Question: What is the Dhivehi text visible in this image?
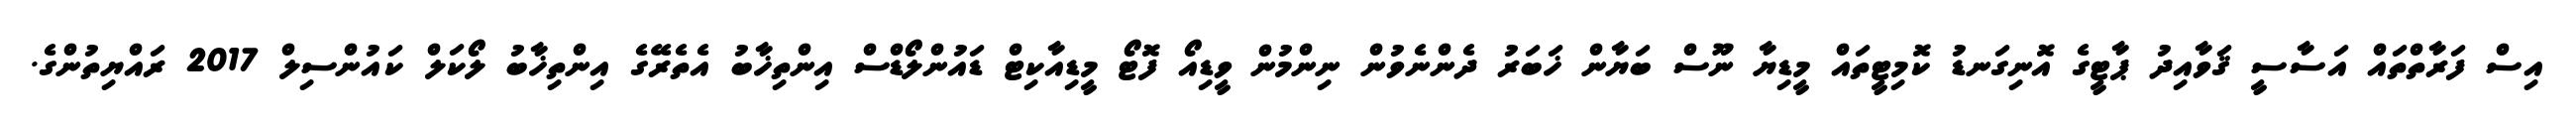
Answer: އިސް ފަރާތްތައް އަސާސީ ޤަވާއިދު ޕާޓީގެ އޮނިގަނޑު ކޮމިޓީތައް މީޑިޔާ ނޫސް ބަޔާން ޚަބަރު ދެންނެވުން ނިންމުން ވީޑިއޯ ފޮޓޯ މީޑިއާކިޓް ޑައުންލޯޑްސް އިންތިޚާބު އެތެރޭގެ އިންތިޚާބު ލޯކަލް ކައުންސިލް 2017 ރައްޔިތުންގެ.